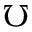
\mho